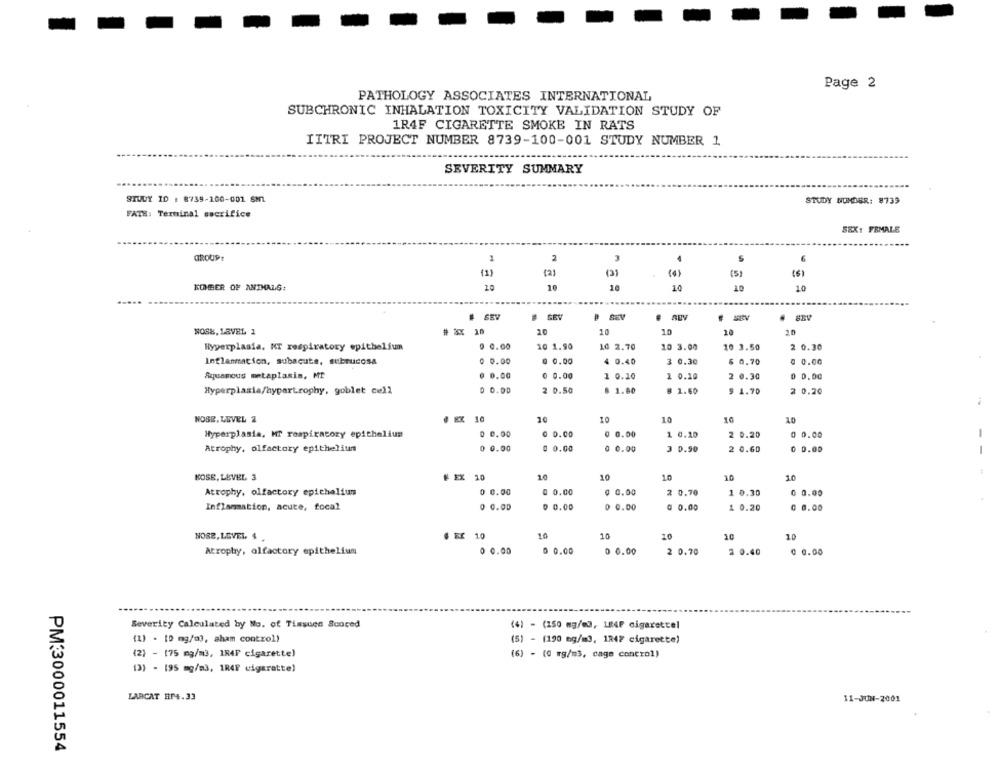
Page 2
PATHOLOGY ASSOCIATES INTERNATIONAL
SUBCHRONIC INHALATION TOXICITY VALIDATION STUDY OF
1R4F CIGARETTE SMOKE IN RATS
IITRI PROJECT NUMBER 8739-100-001 STUDY NUMBER 1
SEVERITY SUMMARY
STUDY ID : 8739-100-001 SML
STUDY NUMBER: 8739
FATE: Terminal sacrifice
SEX: FEMALE
1
GROUP
2
3
6
(1)
(3)
( .)
(5)
(6)
10
KOMBER OF ANIMALS:
10
10
10
10
# SEV
# SEV
SEV
# SEV
NOSK, LEVEL 1
# 3X 10
20
10
10
10
2.0
Hyperplasia, MT respiratory epithelium
0 0.00
10 1.90
10 2.70
10 3.00
10 3.50
2 0.30
Inflammation, subacute, submucosa
0 0.00
@ 0.00
4 0.40
3 0.30
6 0.70
@ 0.00
Squamous metaplasia, MI
0 0.00
0 0.00
1 0.10
1 0.10
2 0.30
0 0.00
Hyperplasia/hypertrophy, goblet cell
0 0.00
2 0.50
6 1.60
# 1.60
$ 1.70
2 0.20
NOSR, LEVEL 2
10
10
₫ EX 10
10
10
10
0 0.00
@ 0.00
0 0.00
0 0.00
Hyperplasia. MT respiratory epithelium
1 0.20
2 0.20
Atrophy, olfactory epithelium
0 0.00
0 0.00
0 0.00
3 0.90
2 0.60
0 0.00
KOSE, LEVEL 3
# EX 10
10
10
10
10
10
Atrophy, olfactory epithelium
0 0.00
@ 0.00
@ 0.00
2 0.70
1 0.30
0 0.00
Inflammation, acute, focal
0 0.00
0 0.00
0 0.00
@ 0.00
1 0.20
0 0.00
10
NOSE, LEVEL, 4
# EX 10
10
10
10
Atrophy, olfactory epithelium
0 0.00
0 0.00
0 0.00
2 0.70
2 0.40
@ 0.00
Severity Calculated by No. of Tissues Scored
(4) - (150 mg/m3, 184F cigarettel
(1) . [0 mg/m3, sham control)
(5) - (190 mg/m3, 1247 cigarette)
(2) - 175 mg/m3, IR4F cigarette)
(6) - (0 mg/m3, cage control)
(3) - 195 mg/m3, 1R4F cigaratte)
LARCAT HP4.33
11-JUN-2001
PM:3000011554